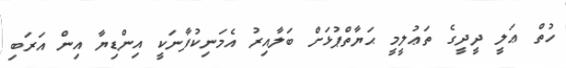
ހުތް ޢަލީ ދީދީގެ ތަޢުލީމީ ޙަޔާތްޕުޅަށް ބަލާއިރު އެމަނިކުފާނަކީ އިންޑިޔާ އިން އަރަބި